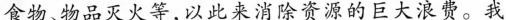
食物、物品灭火等，以此来消除资源的巨大浪费。我